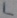
Text: L